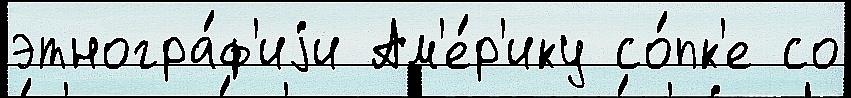
этногра́ф'иjи Ам'е́р'ику со́пк'е со